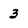
Character: 3